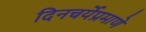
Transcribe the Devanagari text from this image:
दिनचर्येप्रमाणे